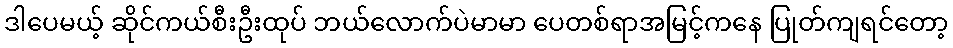
ဒါပေမယ့် ဆိုင်ကယ်စီးဦးထုပ် ဘယ်လောက်ပဲမာမာ ပေတစ်ရာအမြင့်ကနေ ပြုတ်ကျရင်တော့